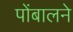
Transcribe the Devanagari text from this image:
पोंबालने